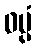
ဝပ္ပံ